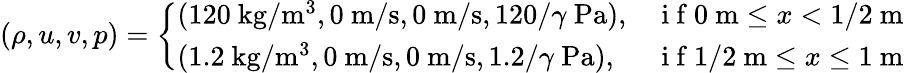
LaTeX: (\rho,u,v,p)=\left\{ \begin{array}{ll}{(120\mathrm{~kg}/\mathrm{m}^{3},0\mathrm{~m}/\mathrm{s},0\mathrm{~m}/\mathrm{s},120/\gamma\mathrm{~Pa}),}&{\mathrm{~i~f~}0\mathrm{~m}\leq x<1/2\mathrm{~m}}\\ {(1.2\mathrm{~kg}/\mathrm{m}^{3},0\mathrm{~m}/\mathrm{s},0\mathrm{~m}/\mathrm{s},1.2/\gamma\mathrm{~Pa}),}&{\mathrm{~i~f~}1/2\mathrm{~m}\leq x\leq 1\mathrm{~m}}\end{array}\right.